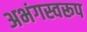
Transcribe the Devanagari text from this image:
अभंगस्वरूप